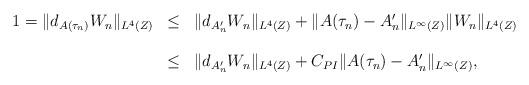
LaTeX: \begin{align*}\begin{array}{rcl}1 = \Vert d_{A(\tau_n)} W_n \Vert_{L^4(Z)} & \leq & \Vert d_{A_n'} W_n \Vert_{L^4(Z)} + \Vert A(\tau_n) - A_n' \Vert_{L^\infty(Z)} \Vert W_n \Vert_{L^4(Z)}\\&&\\& \leq & \Vert d_{A_n'} W_n \Vert_{L^4(Z)} + C_{PI} \Vert A(\tau_n) - A_n' \Vert_{L^\infty(Z)},\end{array}\end{align*}